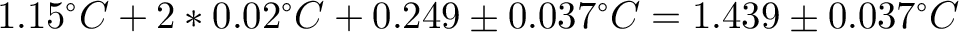
1 . 1 5 ^ { \circ } C + 2 * 0 . 0 2 ^ { \circ } C + 0 . 2 4 9 \pm 0 . 0 3 7 ^ { \circ } C = 1 . 4 3 9 \pm 0 . 0 3 7 ^ { \circ } C